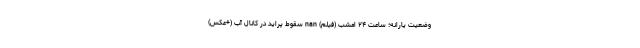
وضعیت یارانه؛ ساعت ۲۴ امشب (فیلم) nan سقوط پراید در کانال آب (+عکس)